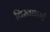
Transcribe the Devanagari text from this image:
विस्वकर्मा